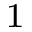
^ \mathrm { 1 }